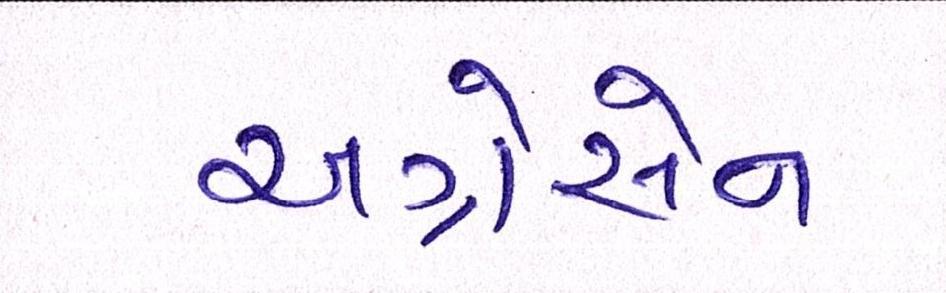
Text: અગ્રેસેન